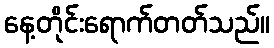
နေ့တိုင်းရောက်တတ်သည်။